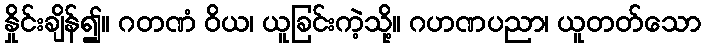
နှိုင်းချိန်၍။ ဂတဏံ ဝိယ၊ ယူခြင်းကဲ့သို့။ ဂဟဏပညာ၊ ယူတတ်သော